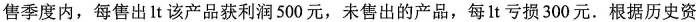
售季度内，每售出1t该产品获利润500元，未售出的产品，每1t亏损300元。根据历史资